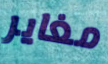
مغاير